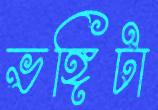
ভঙ্গিটা